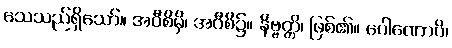
သေသည်ရှိသော်။ အဝီစိမှိ၊ အဝီစိ၌။ နိဗ္ဗတ္တိ၊ ဖြစ်၏။ ဂေါဏောပိ၊